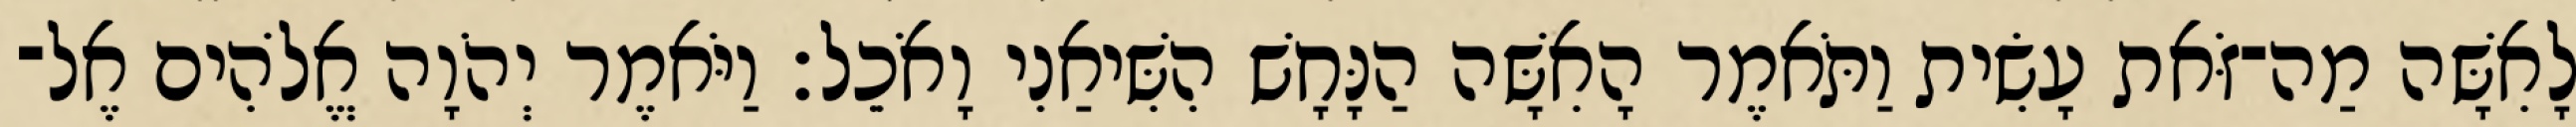
לָאִשָּׁה מַה־זֹּאת עָשִׂית וַתֹּאמֶר הָאִשָּׁה הַנָּחָשׁ הִשִּׁיאַנִי וָאֹכֵל׃ וַיֹּאמֶר יְהֹוָה אֱלֹהִים אֶל־